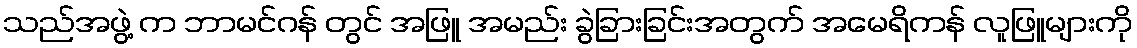
သည်အဖွဲ့ က ဘာမင်ဂန် တွင် အဖြူ အမည်း ခွဲခြားခြင်းအတွက် အမေရိကန် လူဖြူများကို